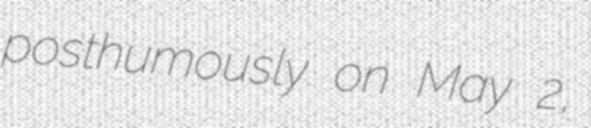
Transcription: posthumously on May 2,